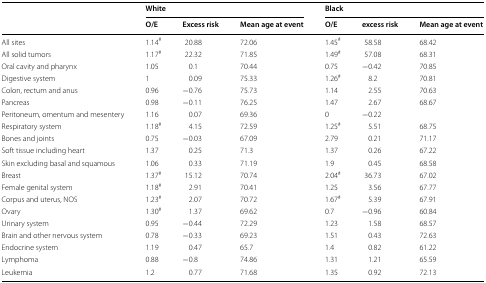
<table><thead><tr><td rowspan="2"></td><td colspan="3"><b>White</b></td><td colspan="3"><b>Black</b></td></tr><tr><td><b>O/E</b></td><td><b>Excess risk</b></td><td><b>Mean age at event</b></td><td><b>O/E</b></td><td><b>excess risk</b></td><td><b>Mean age at event</b></td></tr></thead><tbody><tr><td>All sites</td><td>1.14<sup>#</sup></td><td>20.88</td><td>72.06</td><td>1.45<sup>#</sup></td><td>58.58</td><td>68.42</td></tr><tr><td>All solid tumors</td><td>1.17<sup>#</sup></td><td>22.32</td><td>71.85</td><td>1.49<sup>#</sup></td><td>57.08</td><td>68.31</td></tr><tr><td>Oral cavity and pharynx</td><td>1.05</td><td>0.1</td><td>70.44</td><td>0.75</td><td>−0.42</td><td>70.85</td></tr><tr><td>Digestive system</td><td>1</td><td>0.09</td><td>75.33</td><td>1.26<sup>#</sup></td><td>8.2</td><td>70.81</td></tr><tr><td>Colon, rectum and anus</td><td>0.96</td><td>−0.76</td><td>75.73</td><td>1.14</td><td>2.55</td><td>70.63</td></tr><tr><td>Pancreas</td><td>0.98</td><td>−0.11</td><td>76.25</td><td>1.47</td><td>2.67</td><td>68.67</td></tr><tr><td>Peritoneum, omentum and mesentery</td><td>1.16</td><td>0.07</td><td>69.36</td><td>0</td><td>−0.22</td><td></td></tr><tr><td>Respiratory system</td><td>1.18<sup>#</sup></td><td>4.15</td><td>72.59</td><td>1.25<sup>#</sup></td><td>5.51</td><td>68.75</td></tr><tr><td>Bones and joints</td><td>0.75</td><td>−0.03</td><td>67.09</td><td>2.79</td><td>0.21</td><td>71.17</td></tr><tr><td>Soft tissue including heart</td><td>1.37</td><td>0.25</td><td>71.3</td><td>1.37</td><td>0.26</td><td>67.22</td></tr><tr><td>Skin excluding basal and squamous</td><td>1.06</td><td>0.33</td><td>71.19</td><td>1.9</td><td>0.45</td><td>68.58</td></tr><tr><td>Breast</td><td>1.37<sup>#</sup></td><td>15.12</td><td>70.74</td><td>2.04<sup>#</sup></td><td>36.73</td><td>67.02</td></tr><tr><td>Female genital system</td><td>1.18<sup>#</sup></td><td>2.91</td><td>70.41</td><td>1.25</td><td>3.56</td><td>67.77</td></tr><tr><td>Corpus and uterus, NOS</td><td>1.23<sup>#</sup></td><td>2.07</td><td>70.72</td><td>1.67<sup>#</sup></td><td>5.39</td><td>67.91</td></tr><tr><td>Ovary</td><td>1.30<sup>#</sup></td><td>1.37</td><td>69.62</td><td>0.7</td><td>−0.96</td><td>60.84</td></tr><tr><td>Urinary system</td><td>0.95</td><td>−0.44</td><td>72.29</td><td>1.23</td><td>1.58</td><td>68.57</td></tr><tr><td>Brain and other nervous system</td><td>0.78</td><td>−0.33</td><td>69.23</td><td>1.51</td><td>0.43</td><td>72.63</td></tr><tr><td>Endocrine system</td><td>1.19</td><td>0.47</td><td>65.7</td><td>1.4</td><td>0.82</td><td>61.22</td></tr><tr><td>Lymphoma</td><td>0.88</td><td>−0.8</td><td>74.86</td><td>1.31</td><td>1.21</td><td>65.59</td></tr><tr><td>Leukemia</td><td>1.2</td><td>0.77</td><td>71.68</td><td>1.35</td><td>0.92</td><td>72.13</td></tr></tbody></table>